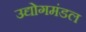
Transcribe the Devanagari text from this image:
उद्योगमंडल